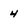
Character: 4